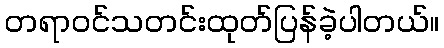
တရာဝင်သတင်းထုတ်ပြန်ခဲ့ပါတယ်။